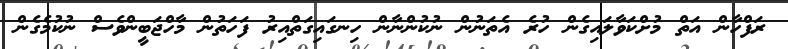
ރަފްހާން އަތް މުށްކަވާލައިގެން ހުރެ އެތަނުން ނުކުންނާން ހިނގައިގަތްއިރު ފަހަތުން މާހްޖަބީންވެސް ނުކުމެގެން